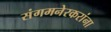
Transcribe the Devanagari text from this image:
संगमनेरकरांना